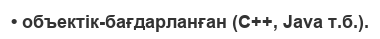
• объектік-бағдарланған (С++, Java т.б.).